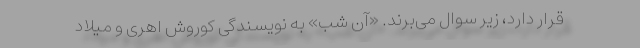
قرار دارد، زیر سوال می‌برند. «آن شب» به نویسندگی کوروش اهری و میلاد